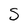
Character: S